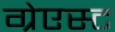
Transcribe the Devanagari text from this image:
ग्रेएस्ट